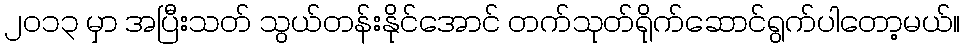
၂၀၁၃ မှာ အပြီးသတ် သွယ်တန်းနိုင်အောင် တက်သုတ်ရိုက်ဆောင်ရွက်ပါတော့မယ်။